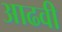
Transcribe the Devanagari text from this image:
आढवी